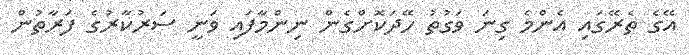
އޭގެ ތެރޭގައި އެންމެ ގިނަ ވަގުތު ހޭދަކޮށްގެން ނިންމާފައި ވަނީ ސަރުކާރުގެ ފަރާތުން